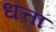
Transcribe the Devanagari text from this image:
धत्ता